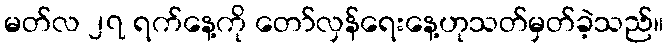
မတ်လ ၂၇ ရက်နေ့ကို တော်လှန်ရေးနေ့ဟုသတ်မှတ်ခဲ့သည်။